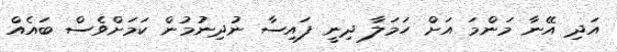
އަދި އޭނާ މަންމަ އަށް ހަމަލާ ދިނީ ފައިސާ ނުދިނުމުން ކަމަށްވެސް ބައެއް